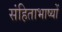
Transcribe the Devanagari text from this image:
संहिताभाष्यों